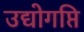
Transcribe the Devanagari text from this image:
उद्योगप्ति